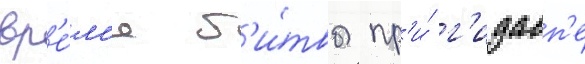
вр'е́м'я б'и́твы пр'и́ г'идасп'е